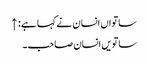
ساتواں انسان نے کہا ہے: ↑
ساتویں انسان صاحب۔